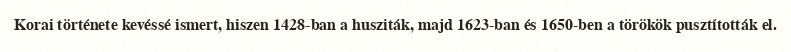
Korai története kevéssé ismert, hiszen 1428-ban a husziták, majd 1623-ban és 1650-ben a törökök pusztították el.